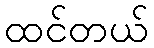
ထင်တယ်